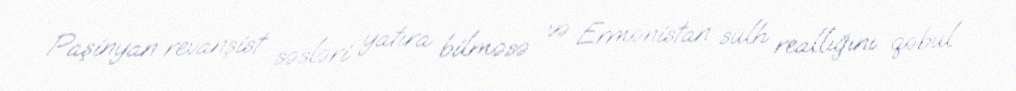
Paşinyan revanşist səsləri yatıra bilməsə və Ermənistan sülh reallığını qəbul